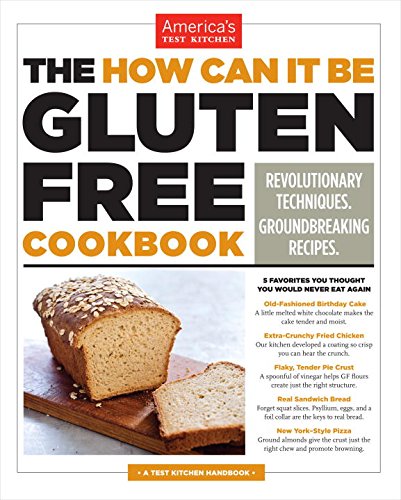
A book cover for The How Can It Be Gluten Free Cookbook; Cookbooks, Food & Wine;